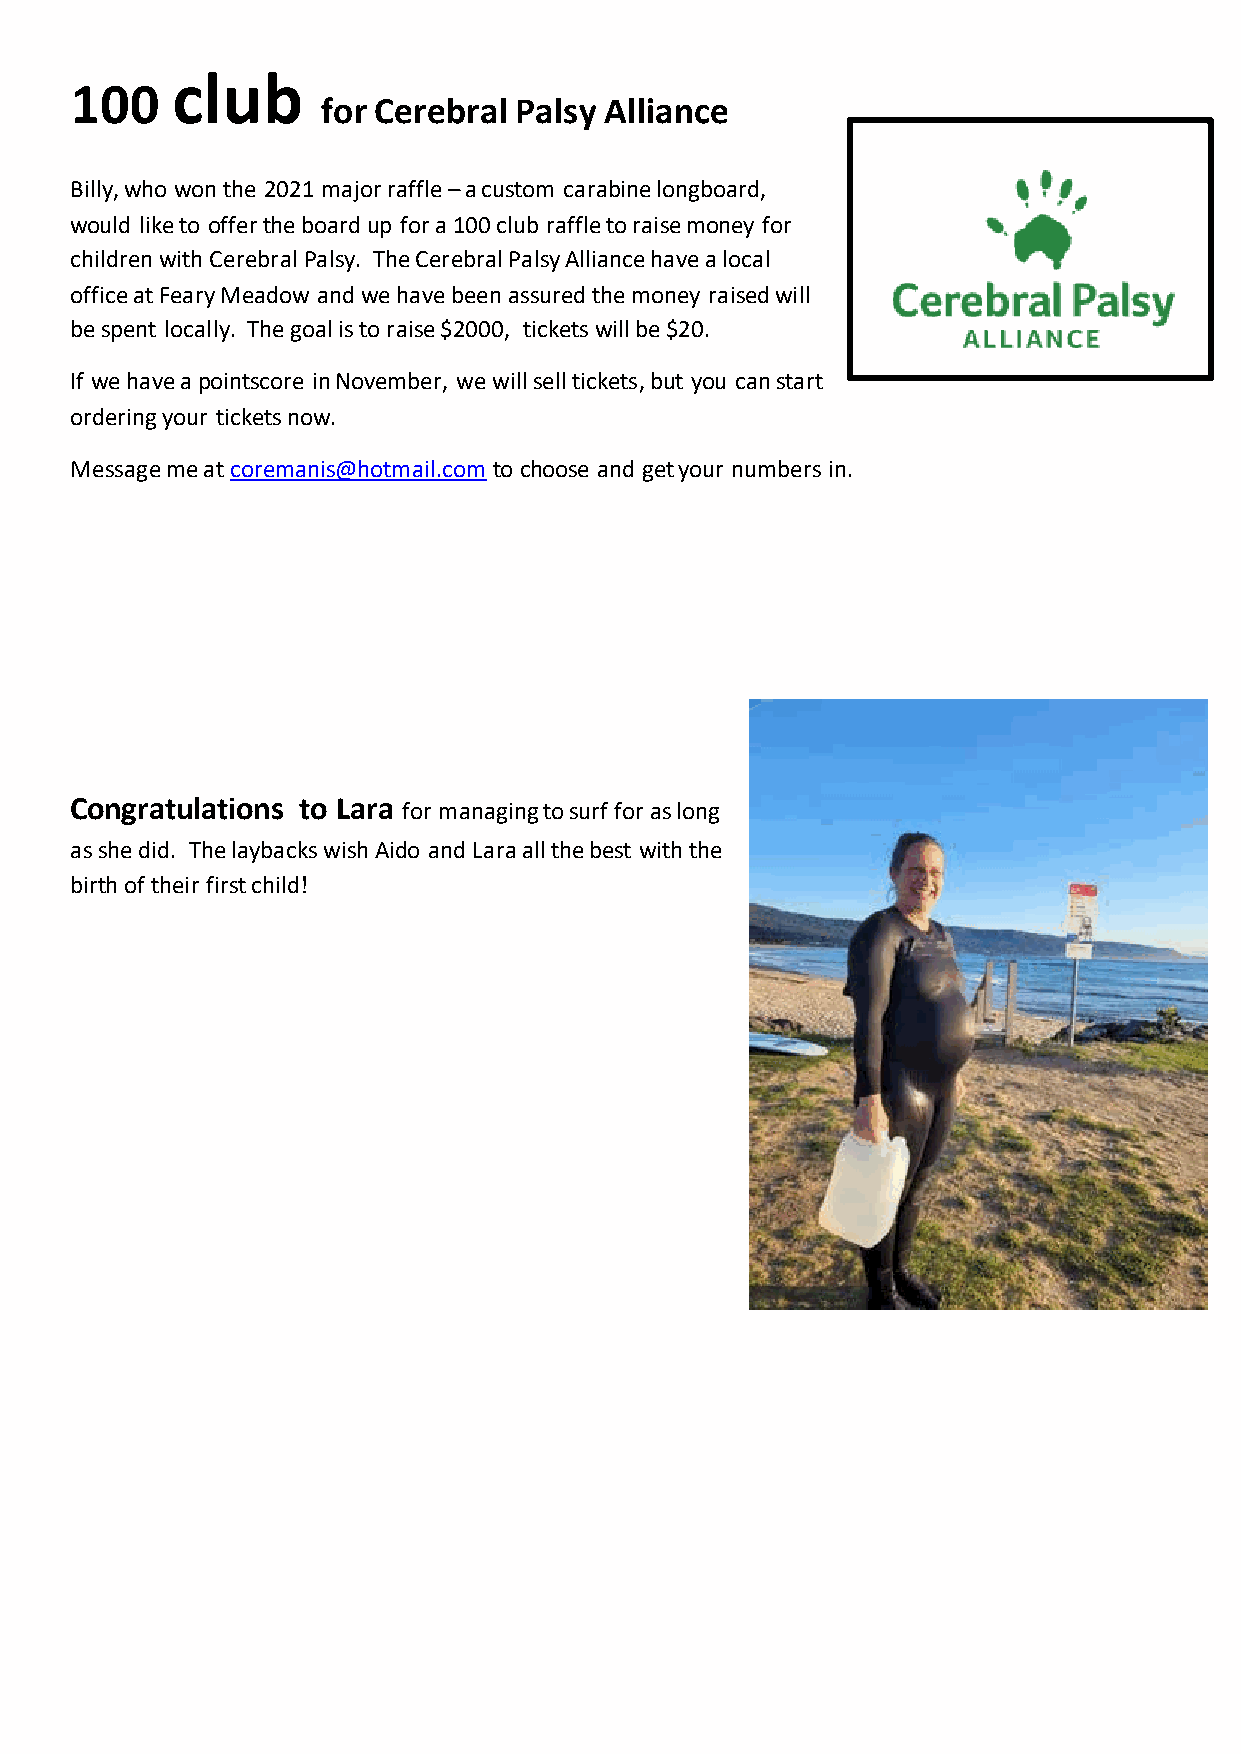
club
 100
 for Cerebral Palsy Alliance
 Billy, who won the 2021 major raffle – a custom carabine longboard,
 would like to offer the board up for a 100 club raffle to raise money for
 children with Cerebral Palsy. The Cerebral Palsy Alliance have a local
 office at Feary Meadow and we have been assured the money raised will
 be spent locally. The goal is to raise $2000, tickets will be $20.
 If we have a pointscore in November, we will sell tickets, but you can start
 ordering your tickets now.
 Message me at coremanis@hotmail.com to choose and get your numbers in.
 Congratulations to Lara for managing to surf for as long
 as she did. The laybacks wish Aido and Lara all the best with the
 birth of their first child!